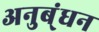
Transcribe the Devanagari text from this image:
अनुब्ंधन